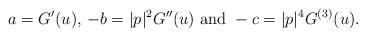
LaTeX: \begin{align*}a=G'(u) ,\, -b=|p|^2G''(u)\mbox { and }-c=|p| ^{4}G^{(3)}(u).\end{align*}